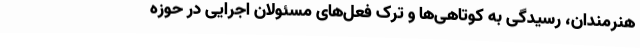
هنرمندان، رسیدگی به کوتاهی‌ها و‌ ترک فعل‌های مسئولان اجرایی در حوزه